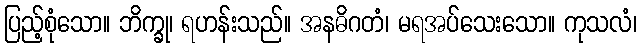
ပြည့်စုံသော။ ဘိက္ခု၊ ရဟန်းသည်။ အနဓိဂတံ၊ မရအပ်သေးသော။ ကုသလံ၊